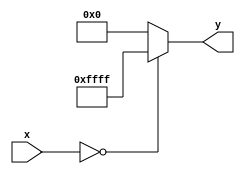
module PLAR (
    input wire [15:0] x,       // 16-bit input representing the positive real number
    output reg [15:0] y        // 16-bit output for the approximate reciprocal
);

// Define parameters for piecewise linear approximation
parameter SEGMENT1_MAX = 16'h0FFF; // Maximum for segment [0, 1]
parameter SEGMENT2_MAX = 16'h1FFF; // Maximum for segment [1, 2]
parameter SEGMENT3_MAX = 16'h3FFF; // Maximum for segment [2, 4]

// Coefficients for linear equations
// y = mx + b for each segment
parameter m1 = 16'h8000; // Example slope for segment 1 (1/2)
parameter b1 = 16'h7FFF; // Example intercept for segment 1

parameter m2 = 16'h4000; // Example slope for segment 2 (1/4)
parameter b2 = 16'h3FFF; // Example intercept for segment 2

parameter m3 = 16'h2000; // Example slope for segment 3 (1/8)
parameter b3 = 16'h1FFF; // Example intercept for segment 3

always @(*) begin
    if (x == 0) begin
        y = 16'hFFFF; // Handle division by zero case (undefined)
    end else if (x <= SEGMENT1_MAX) begin
        // Segment 1: [0, 1]
        y = (m1 * x) >> 15 + b1; // Apply linear equation
    end else if (x <= SEGMENT2_MAX) begin
        // Segment 2: [1, 2]
        y = (m2 * x) >> 14 + b2; // Apply linear equation
    end else if (x <= SEGMENT3_MAX) begin
        // Segment 3: [2, 4]
        y = (m3 * x) >> 13 + b3; // Apply linear equation
    end else begin
        y = 16'h0000; // Output zero for values beyond defined segments
    end
end

endmodule